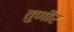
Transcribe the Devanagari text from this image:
तुणीर